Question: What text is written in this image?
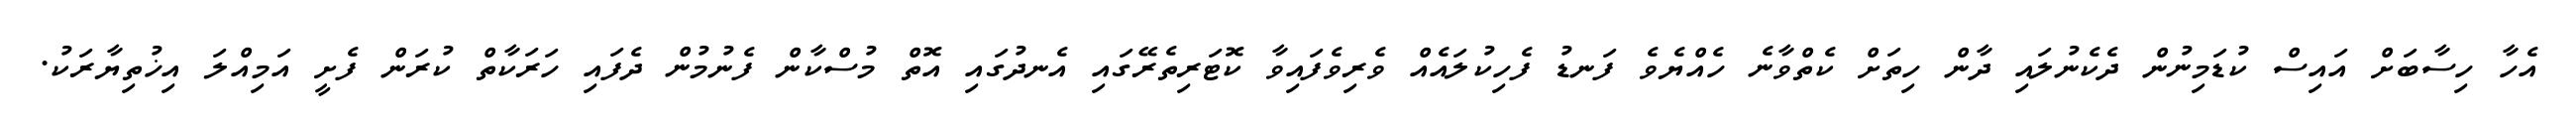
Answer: އެހާ ހިސާބަށް އައިސް ކުޑަމިނުން ދެކެނުލައި ދާން ހިތަށް ކެތްވާނެ ހެއްޔެވެ ފަނޑު ފެހިކުލައެއް ވެރިވެފައިވާ ކޮޓަރިތެރޭގައި އެނދުގައި އޮތް މުސްކާން ފެނުމުން ދެފައި ހަރަކާތް ކުރަން ފެށީ އަމިއްލަ އިޚުތިޔާރަކު.